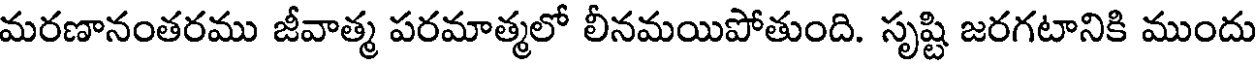
మరణానంతరము జీవాత్మ పరమాత్మలో లీనమయిపోతుంది. సృష్టి జరగటానికి ముందు